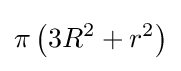
\pi \left(3R^{2}+r^{2}\right)